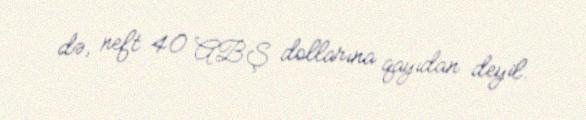
də, neft 40 ABŞ dollarına qayıdan deyil.